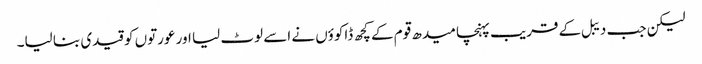
لیکن جب دیبل کے قریب پہنچا میدھ قوم کے کچھ ڈاکوؤں نے اسے لوٹ لیا اور عورتوں کو قیدی بنا لیا۔